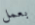
بعمل